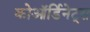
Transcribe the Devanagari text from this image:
कोऑर्डिनेट्स